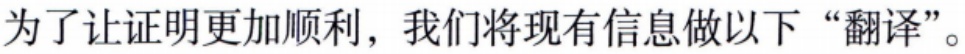
为了让证明更加顺利，我们将现有信息做以下“翻译”。